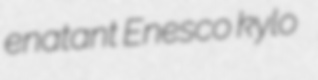
enatant Enesco kylo